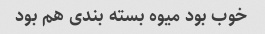
خوب بود میوه بسته بندی هم بود